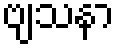
ဗျသနာ